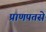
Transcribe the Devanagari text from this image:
प्राणपतसे